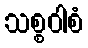
သစ္စဝါစံ